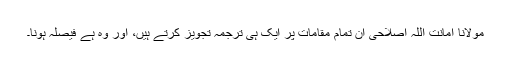
مولانا امانت اللہ اصلاحی ان تمام مقامات پر ایک ہی ترجمہ تجویز کرتے ہیں، اور وہ ہے فیصلہ ہونا۔